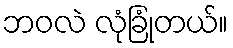
ဘဝလဲ လုံခြုံတယ်။